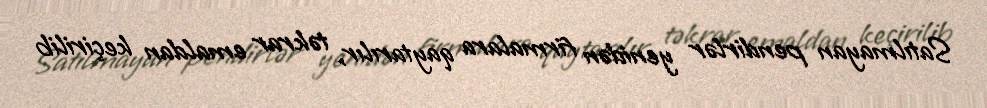
Satılmayan pendirlər yenidən firmalara qaytarılır, təkrar emaldan keçirilib